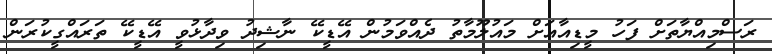
ރަސްމިއްޔާތަށް ފަހު މީޑިއާއަށް މައުލޫމާތު ދެއްވަމުން އޭޑީކޭ ނާޝިދު ވިދާޅުވީ އޭޑީކޭ ތަރައްގީކުރަން